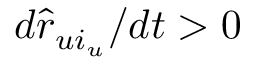
d \hat { r } _ { u i _ { u } } / d t > 0